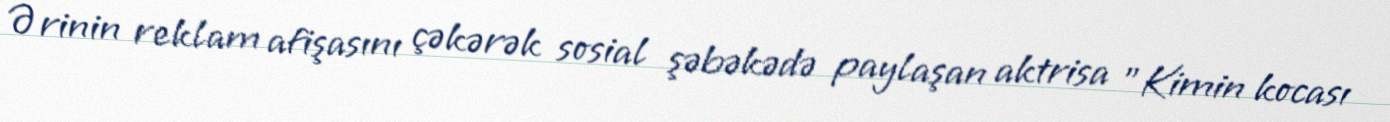
Ərinin reklam afişasını çəkərək sosial şəbəkədə paylaşan aktrisa "Kimin kocası